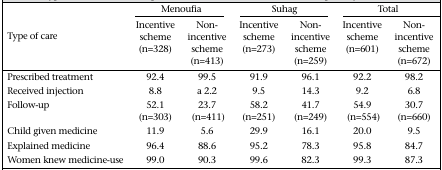
<table><thead><tr><td rowspan="2"><b>Type of care</b></td><td colspan="2"><b>Menoufia</b></td><td colspan="2"><b>Suhag</b></td><td colspan="2"><b>Total</b></td></tr><tr><td><b>Incentive scheme (n=328)</b></td><td><b>Non-incentive scheme (n=413)</b></td><td><b>Incentive scheme (n=273)</b></td><td><b>Non-incentive scheme (n=259)</b></td><td><b>Incentive scheme (n=601)</b></td><td><b>Non-incentive scheme (n=672)</b></td></tr></thead><tbody><tr><td>Prescribed treatment</td><td>92.4</td><td>99.5</td><td>91.9</td><td>96.1</td><td>92.2</td><td>98.2</td></tr><tr><td>Received injection</td><td>8.8</td><td>a 2.2</td><td>9.5</td><td>14.3</td><td>9.2</td><td>6.8</td></tr><tr><td>Follow-up</td><td>52.1 (n=303)</td><td>23.7 (n=411)</td><td>58.2 (n=251)</td><td>41.7 (n=249)</td><td>54.9 (n=554)</td><td>30.7 (n=660)</td></tr><tr><td>Child given medicine</td><td>11.9</td><td>5.6</td><td>29.9</td><td>16.1</td><td>20.0</td><td>9.5</td></tr><tr><td>Explained medicine</td><td>96.4</td><td>88.6</td><td>95.2</td><td>78.3</td><td>95.8</td><td>84.7</td></tr><tr><td>Women knew medicine-use</td><td>99.0</td><td>90.3</td><td>99.6</td><td>82.3</td><td>99.3</td><td>87.3</td></tr></tbody></table>